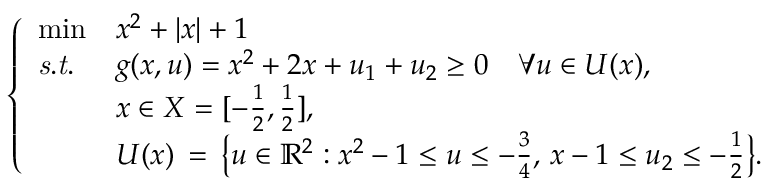
\left\{ \begin{array} { l l l } { \operatorname* { m i n } } & { x ^ { 2 } + | x | + 1 } \\ { \mathit { s . t . } } & { g ( x , u ) = x ^ { 2 } + 2 x + u _ { 1 } + u _ { 2 } \geq 0 \quad \forall u \in U ( x ) , } \\ & { x \in X = [ - \frac { 1 } { 2 } , \frac { 1 } { 2 } ] , } \\ & { U ( x ) \, = \, \big \{ u \in \mathbb { R } ^ { 2 } : x ^ { 2 } - 1 \leq u \leq - \frac { 3 } { 4 } , \, x - 1 \leq u _ { 2 } \leq - \frac { 1 } { 2 } \big \} . } \end{array} \right.